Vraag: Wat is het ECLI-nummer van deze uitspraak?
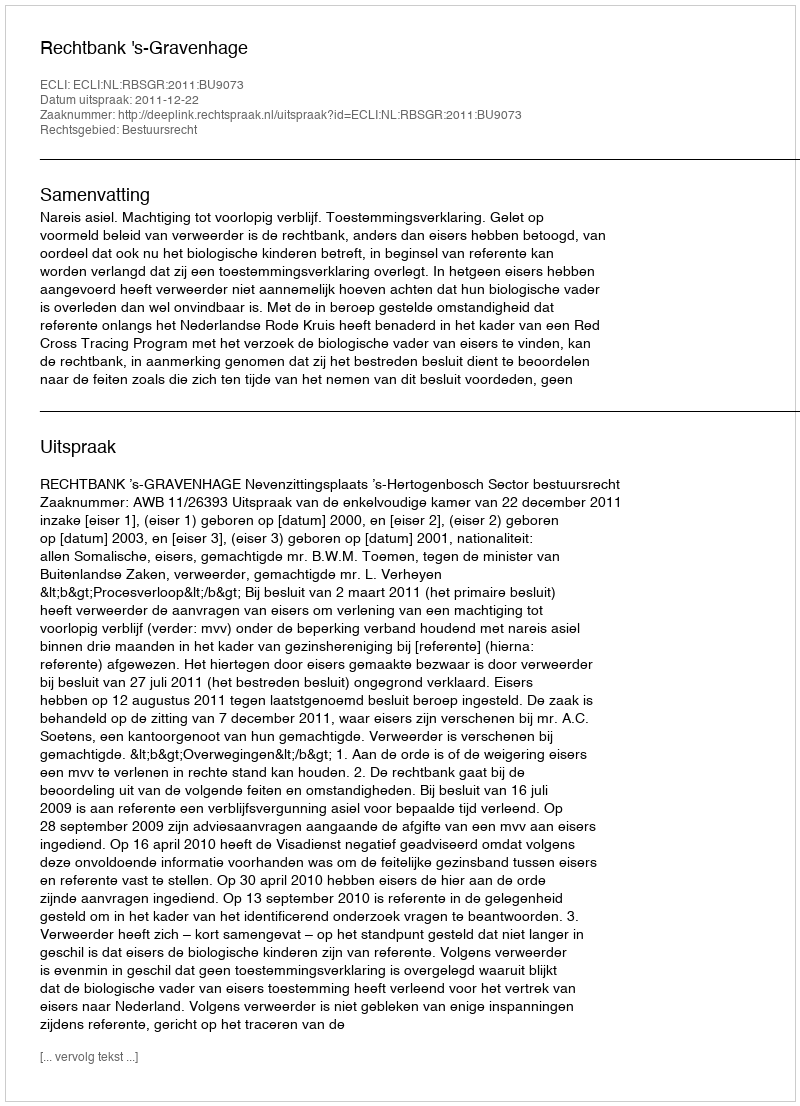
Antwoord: ECLI:NL:RBSGR:2011:BU9073